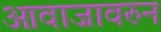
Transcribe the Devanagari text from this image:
आवाजावरुन